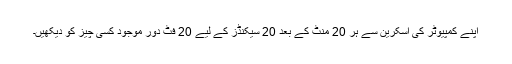
اپنے کمپیوٹر کی اسکرین سے ہر 20 منٹ کے بعد 20 سیکنڈز کے لیے 20 فٹ دور موجود کسی چیز کو دیکھیں۔